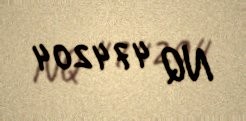
NQ 474204